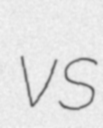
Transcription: vs